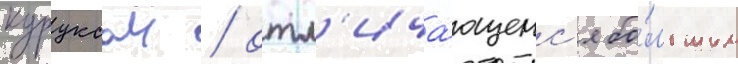
куруксаи / отл'ича́ющемс'я бо́льшим